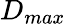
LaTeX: D_{max}